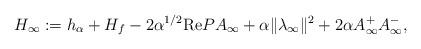
LaTeX: \begin{align*}H_{\infty} := h_{\alpha} + H_f -2 \alpha^{1/2} \mathrm{Re}PA_{\infty} + \alpha \|\lambda_{\infty}\|^2 + 2 \alpha A_{\infty}^{+} A_{\infty}^-, \end{align*}